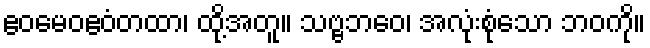
ဧဝမေဝဧဝံတထာ၊ ထို့အတူ။ သဗ္ဗဘဝေ၊ အလုံးစုံသော ဘဝကို။